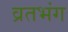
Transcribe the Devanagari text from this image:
व्रतभंग